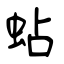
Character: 蛅